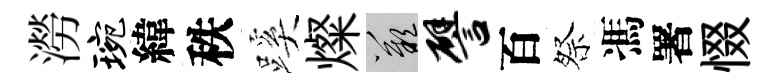
澇琬緯秩蹊燦嘆譬百祭馮署惙